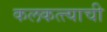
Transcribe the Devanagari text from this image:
कलकत्त्याची